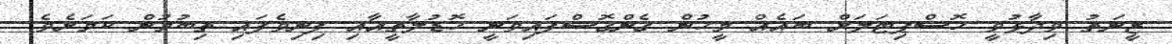
ޒީނަތު ވިދާޅުވީ ހޮސްޕިޓަލަށް ބައެއް މީހުން ގެންގޮސްފައިވަނީ ހޮޑުލާތީއާއި ފިނިވެފައި ތިބުމުން ކަމަށެވެ.